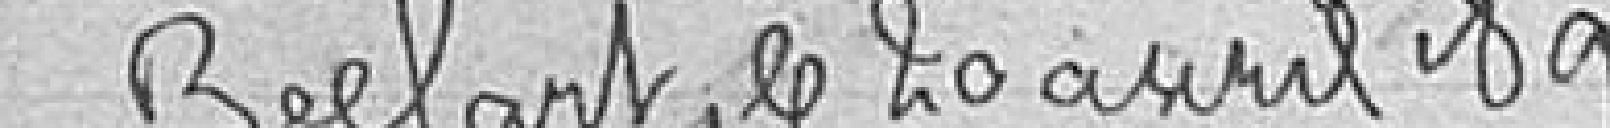
Belfort, le 20 avril 1892